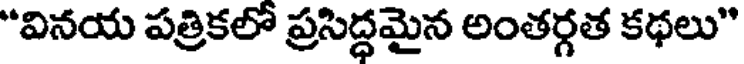
"వినయ పత్రికలో ప్రసిద్ధమైన అంతర్గత కథలు"